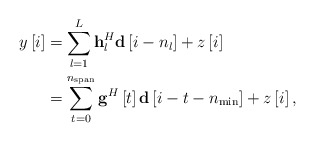
\begin{align*} \begin{aligned} y\left[ i \right] &= \sum\limits_{l = 1}^L {{\bf{h}}_l^H{\bf{d}}\left[ {i - {n_l}} \right]} + z\left[ i \right]\\ &= \sum\limits_{t = 0}^{{n_{{\rm{span}}}}} {{{\bf{g}}^H}\left[ t \right]{\bf{d}}\left[ {i - t - {n_{\min }}} \right]} + z\left[ i \right], \end{aligned} \end{align*}